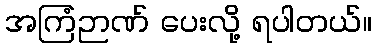
အကြံဉာဏ် ပေးလို့ ရပါတယ်။